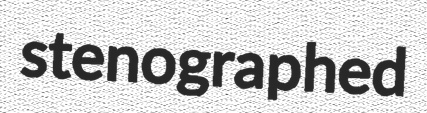
stenographed